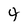
Character: 4